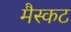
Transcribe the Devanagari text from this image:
मैस्कट